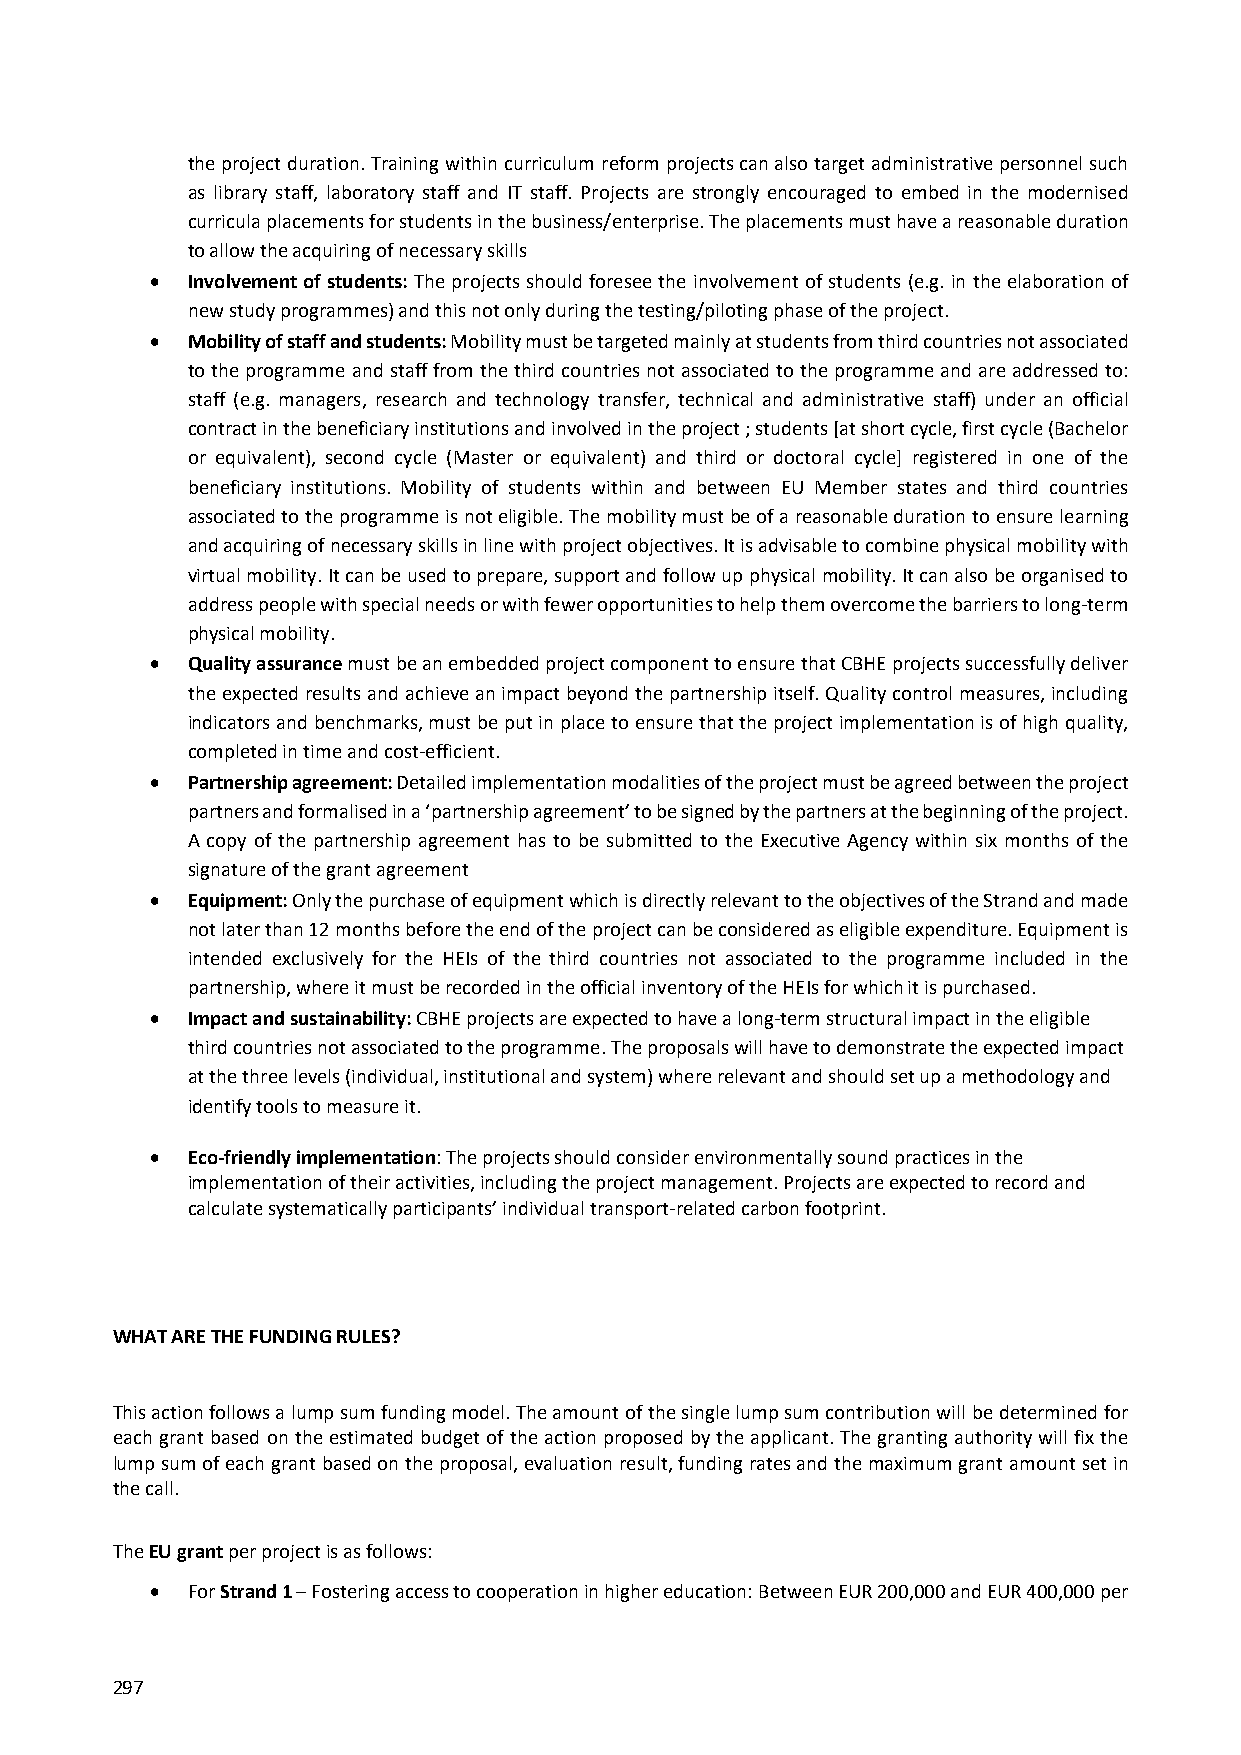
the project duration. Training within curriculum reform projects can also target administrative personnel such
 as library staff, laboratory staff and IT staff. Projects are strongly encouraged to embed in the modernised
 curricula placements for students in the business/enterprise. The placements must have a reasonable duration
 to allow the acquiring of necessary skills
  Involvement of students: The projects should foresee the involvement of students (e.g. in the elaboration of
 new study programmes) and this not only during the testing/piloting phase of the project.
  Mobility of staff and students: Mobility must be targeted mainly at students from third countries not associated
 to the programme and staff from the third countries not associated to the programme and are addressed to:
 staff (e.g. managers, research and technology transfer, technical and administrative staff) under an official
 contract in the beneficiary institutions and involved in the project ; students [at short cycle, first cycle (Bachelor
 or equivalent), second cycle (Master or equivalent) and third or doctoral cycle] registered in one of the
 beneficiary institutions. Mobility of students within and between EU Member states and third countries
 associated to the programme is not eligible. The mobility must be of a reasonable duration to ensure learning
 and acquiring of necessary skills in line with project objectives. It is advisable to combine physical mobility with
 virtual mobility. It can be used to prepare, support and follow up physical mobility. It can also be organised to
 address people with special needs or with fewer opportunities to help them overcome the barriers to long‐term
 physical mobility.
  Quality assurance must be an embedded project component to ensure that CBHE projects successfully deliver
 the expected results and achieve an impact beyond the partnership itself. Quality control measures, including
 indicators and benchmarks, must be put in place to ensure that the project implementation is of high quality,
 completed in time and cost‐efficient.
  Partnership agreement: Detailed implementation modalities of the project must be agreed between the project
 partners and formalised in a ‘partnership agreement’ to be signed by the partners at the beginning of the project.
 A copy of the partnership agreement has to be submitted to the Executive Agency within six months of the
 signature of the grant agreement
  Equipment: Only the purchase of equipment which is directly relevant to the objectives of the Strand and made
 not later than 12 months before the end of the project can be considered as eligible expenditure. Equipment is
 intended exclusively for the HEIs of the third countries not associated to the programme included in the
 partnership, where it must be recorded in the official inventory of the HEIs for which it is purchased.
  Impact and sustainability: CBHE projects are expected to have a long‐term structural impact in the eligible
 third countries not associated to the programme. The proposals will have to demonstrate the expected impact
 at the three levels (individual, institutional and system) where relevant and should set up a methodology and
 identify tools to measure it.
  Eco‐friendly implementation: The projects should consider environmentally sound practices in the
 implementation of their activities, including the project management. Projects are expected to record and
 calculate systematically participants’ individual transport‐related carbon footprint.
 WHAT ARE THE FUNDING RULES?
 This action follows a lump sum funding model. The amount of the single lump sum contribution will be determined for
 each grant based on the estimated budget of the action proposed by the applicant. The granting authority will fix the
 lump sum of each grant based on the proposal, evaluation result, funding rates and the maximum grant amount set in
 the call.
 The EU grant per project is as follows:
  For Strand 1 – Fostering access to cooperation in higher education: Between EUR 200,000 and EUR 400,000 per
 297